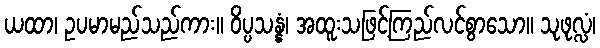
ယထာ၊ ဥပမာမည်သည်ကား။ ဝိပ္ပသန္နံ၊ အထူးသဖြင့်ကြည်လင်စွာသော။ သုဖုလ္လံ၊